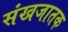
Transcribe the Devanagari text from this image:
संखजातक